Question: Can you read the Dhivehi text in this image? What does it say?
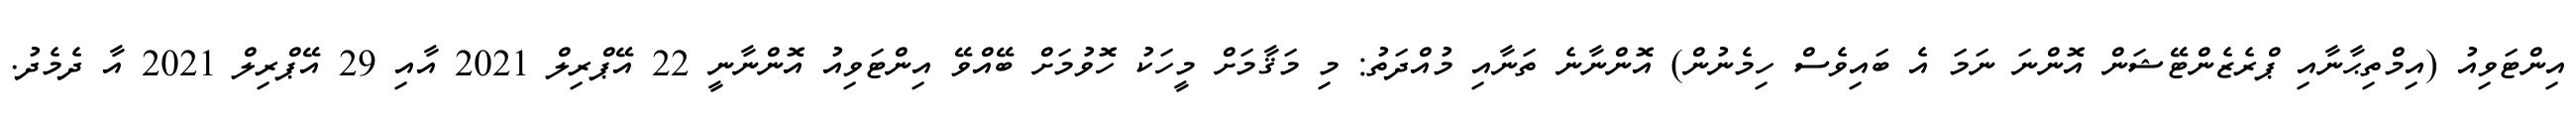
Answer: އިންޓަވިއު (އިމްތިޙާނާއި ޕްރެޒެންޓޭޝަން އޮންނަ ނަމަ އެ ބައިވެސް ހިމެނުން) އޮންނާނެ ތަނާއި މުއްދަތު: މި މަޤާމަށް މީހަކު ހޮވުމަށް ބޭއްވޭ އިންޓަވިއު އޮންނާނީ 22 އޭޕްރިލް 2021 އާއި 29 އޭޕްރިލް 2021 އާ ދެމެދު.